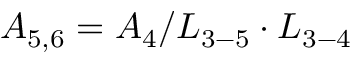
{ A _ { 5 , 6 } } = { A _ { 4 } } / { L _ { 3 - 5 } } \cdot { L _ { 3 - 4 } }